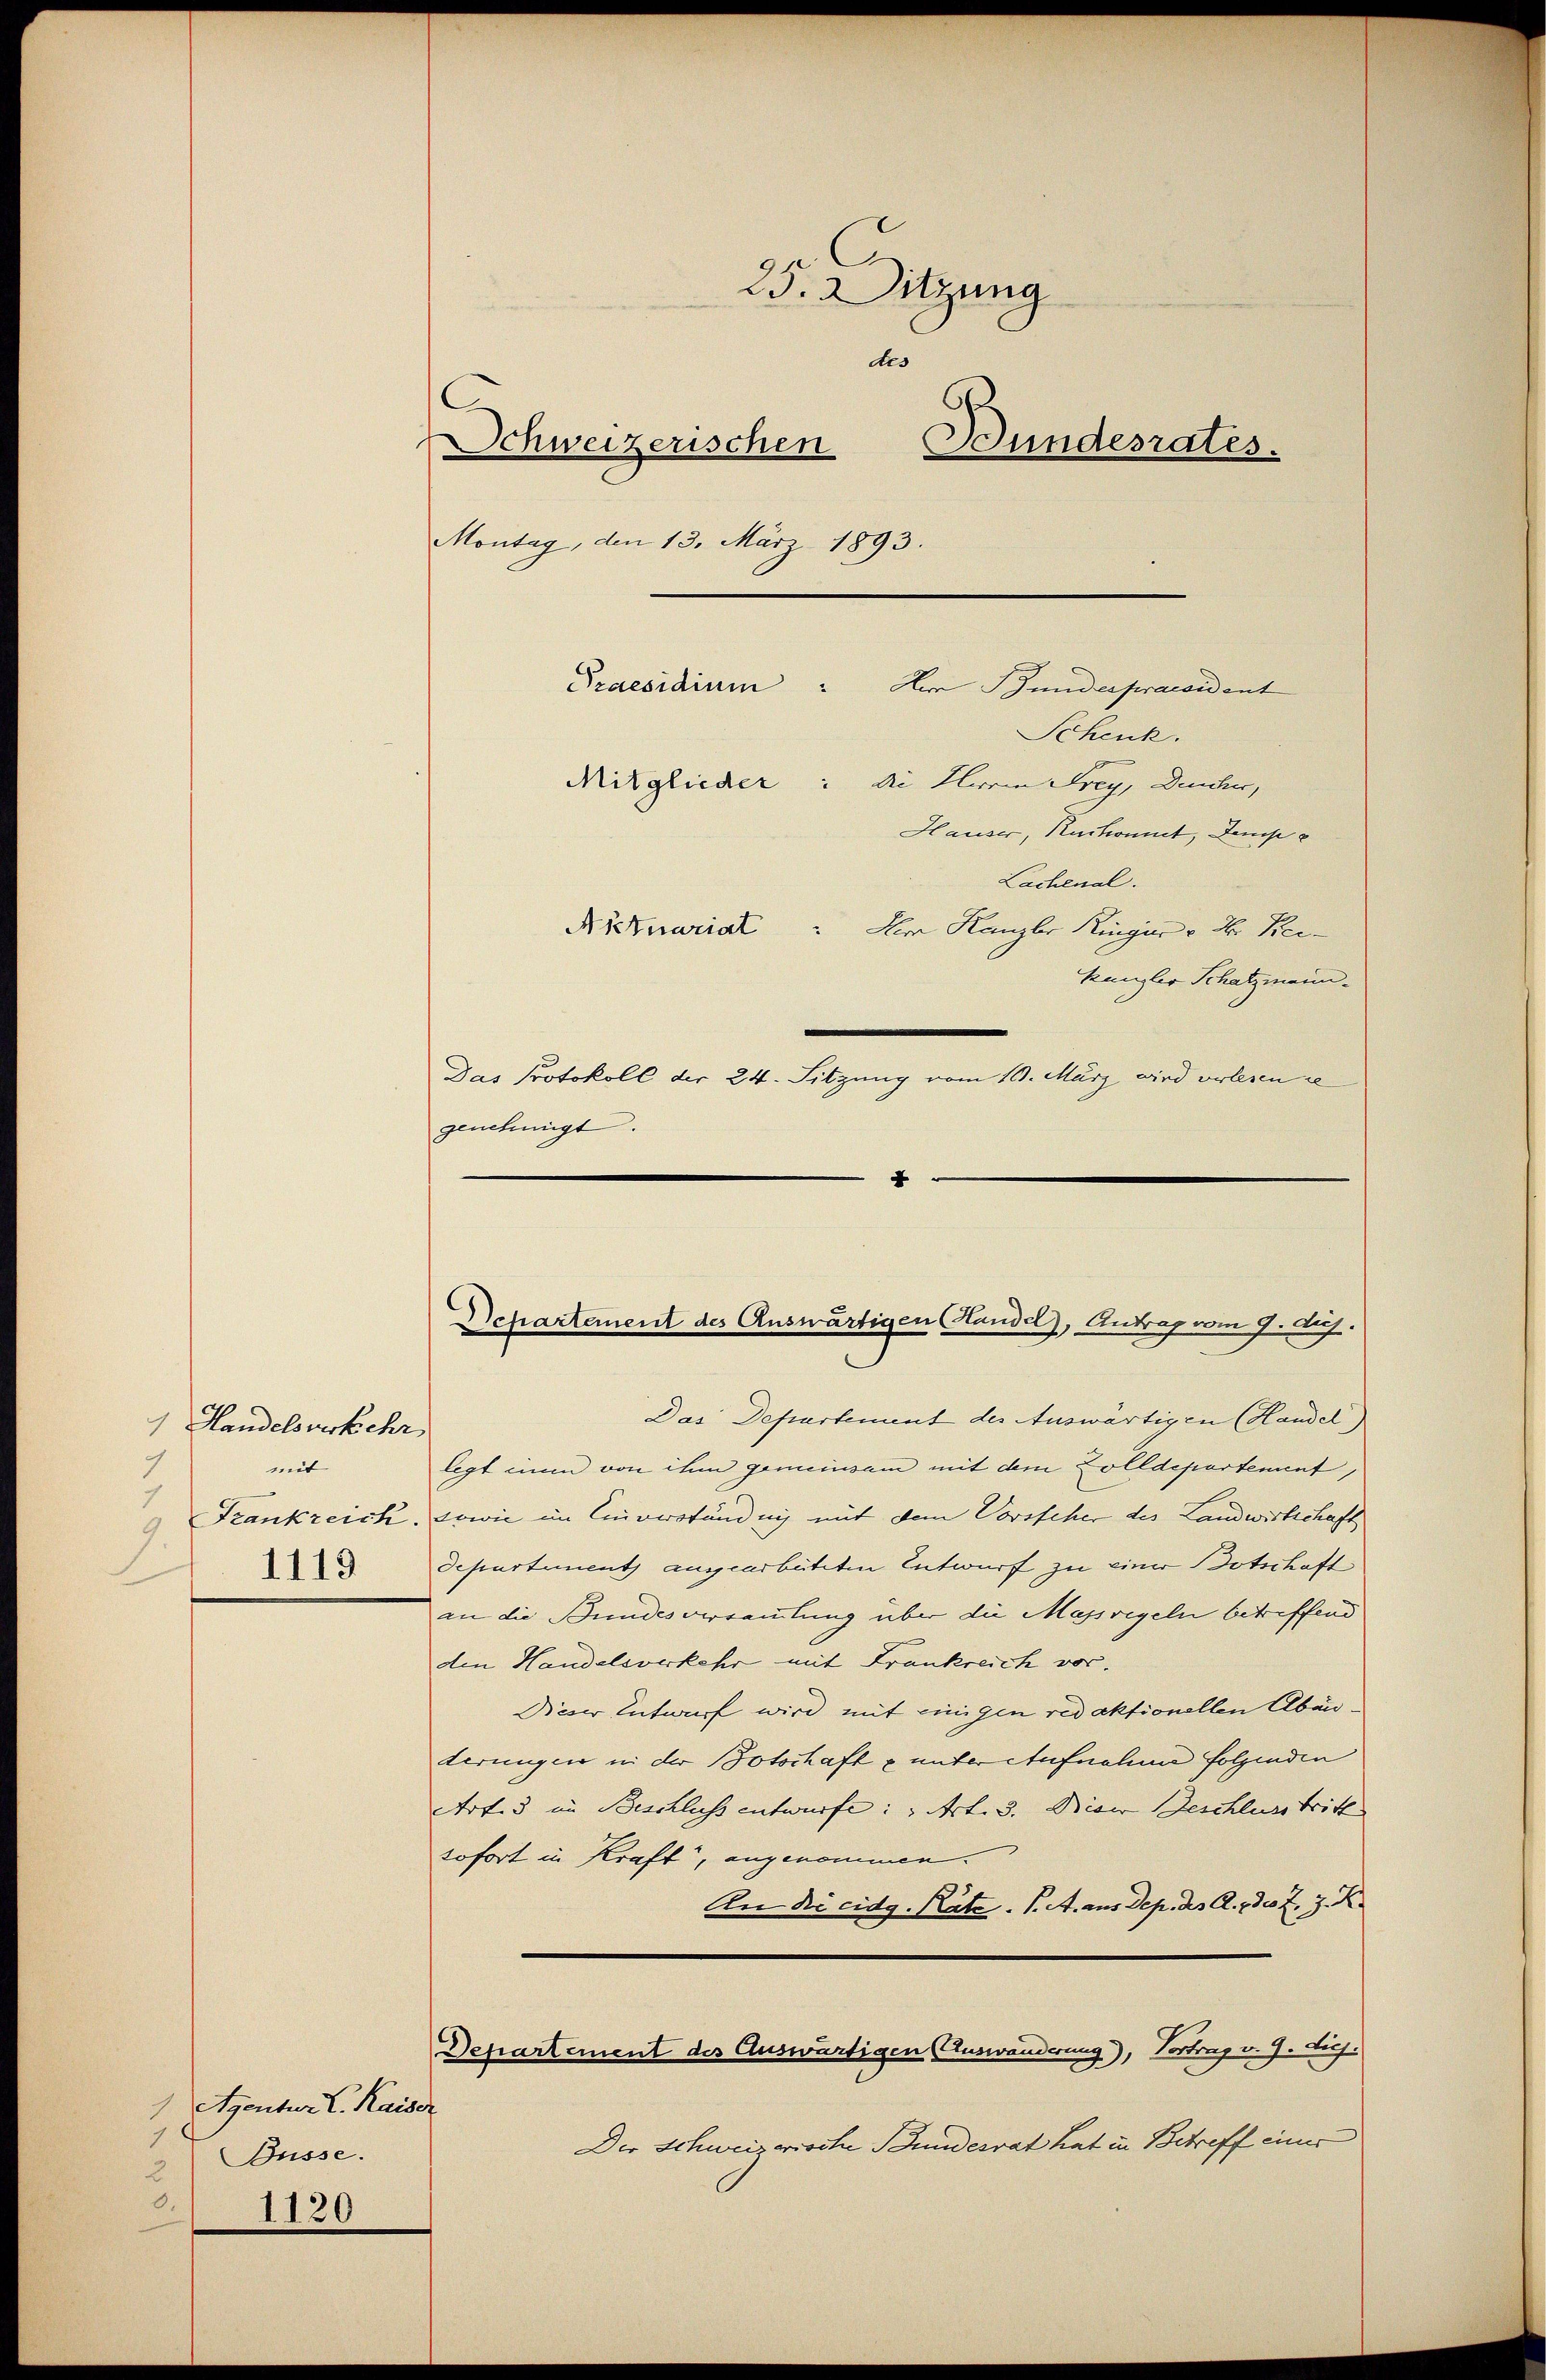
1 Handelsverkehr
mit
7
3
7
1119

1 Eigenter L. Kaiser
1
Büsse.
0.
1130

25. Sitzung
des
Schweizerischen Bundesrates.
Montag, den 13. März 1893.
Schenk.
Mitglieder: die Herren Frey, Deucher,
Hauser, Ruckonet, Dempe
Lachenal.
Actuarial dem Kanzler Ringier u. d. Bei-
Kanzler Schatzmann.
Das Protokoll der 24. Sitzung vom 10. März wird verlesen se
genehmigt.
x

Praesidium. Der Bunderpraesident

Departement des Auswärtigen (Handel), Antrag vom 9. huj.

Das Departement des Auswärtigen (Handel)
legt ein von ihm gemeinsam mit dem Zolldepartement,
Frankreich, sowie im Einverständen mit dem Vorsteher des Landwirtschaft
Departement augearbeiteten Entwurf zu einer Botschaft
an die Bundesversammlung über die Massregeln betreffend
den Handelsverkehr mit Frankreich vor.
Dieser Entwurf wird mit einigen redaktionellen Abänterungen in der Potschaft & unter Aufnahme folgenden
Art. 3 im Beschluss entwürfe: „Art. 3. Diver Beschluss tritt
sofort in Kraft, angenommen.
An Dicidg. Räte. P. A. aus Dep. des A. 730 Z. 3. K.
Departement des Auswärtigen (Auswanderung), Vortrag v. 9. Juch.
Der Schweizerische Bundesrat hat in Betreff einer